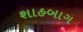
શાહબાગ